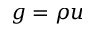
g = \rho u